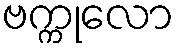
ဗက္ကုလော